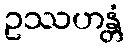
ဥဿဟန္တံ